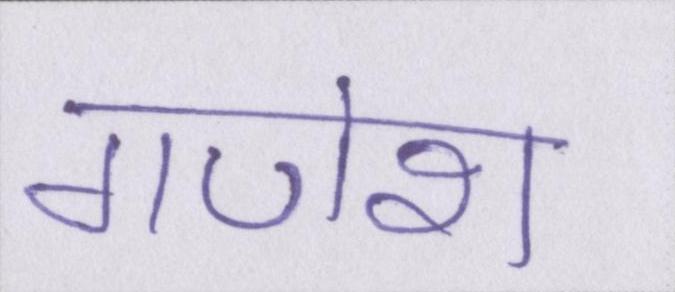
गणेश